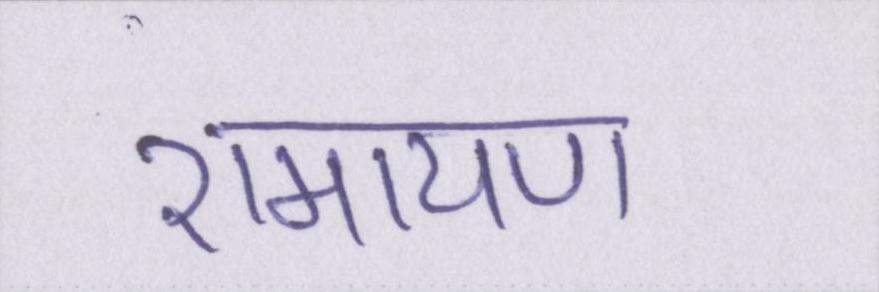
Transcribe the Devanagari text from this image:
रामायण